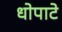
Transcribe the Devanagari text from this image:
धोपाटे